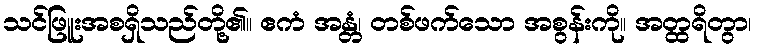
သင်ဖြူးအစရှိသည်တို့၏။ ဧကံ အန္တံ၊ တစ်ဖက်သော အစွန်းကို။ အတ္ထရိတွာ၊